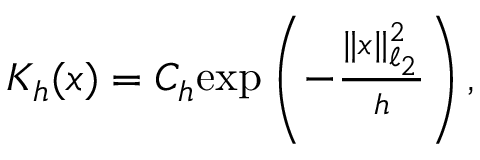
\begin{array} { r } { K _ { h } ( x ) = C _ { h } \mathrm { e x p } \left( - \frac { \| x \| _ { \ell _ { 2 } } ^ { 2 } } { h } \right) , } \end{array}